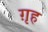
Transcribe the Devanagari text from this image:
ग़ृह